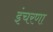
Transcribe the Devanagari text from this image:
इंचरणा